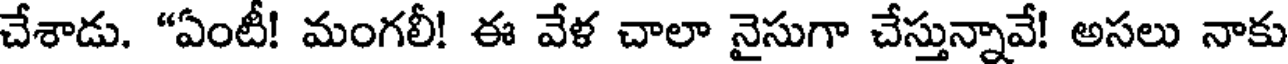
చేశాడు. "ఏంటీ! మంగలీ! ఈ వేళ చాలా నైసుగా చేస్తున్నావే! అసలు నాకు